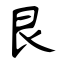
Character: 艮